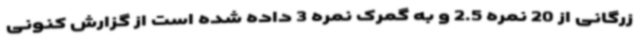
زرگانی از 20 نمره 2.5 و به گمرک نمره 3 داده شده است از گزارش کنونی